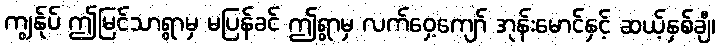
ကျွန်ုပ် ဤမြင်သာရွာမှ မပြန်ခင် ဤရွာမှ လက်ဝှေ့ကျော် အုန်းမောင်နှင့် ဆယ့်နှစ်ချီ၊